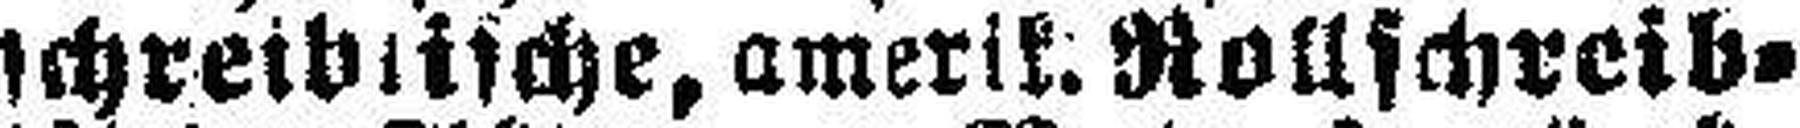
schreibtische, amerik. Rollschreib¬